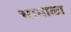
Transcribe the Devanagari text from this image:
भायाळा